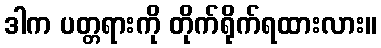
ဒါက ပတ္တရားကို တိုက်ရိုက်ရထားလား။